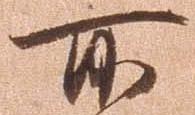
所